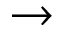
\rightarrow